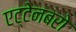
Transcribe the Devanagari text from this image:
एट्टेनबरो